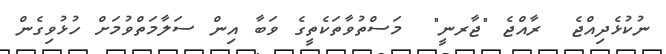
ނުކުޅެދިއްޖެ  ރާއްޖެ "ޖާރނީ"  މަސްތުވާތަކެތީގެ ވަބާ އިން ސަލާމަތްވުމަށް ހުޅުވިގެން